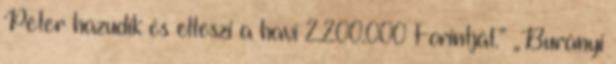
Péter hazudik és elteszi a havi 2.200.000 Forintját.” „Burányi